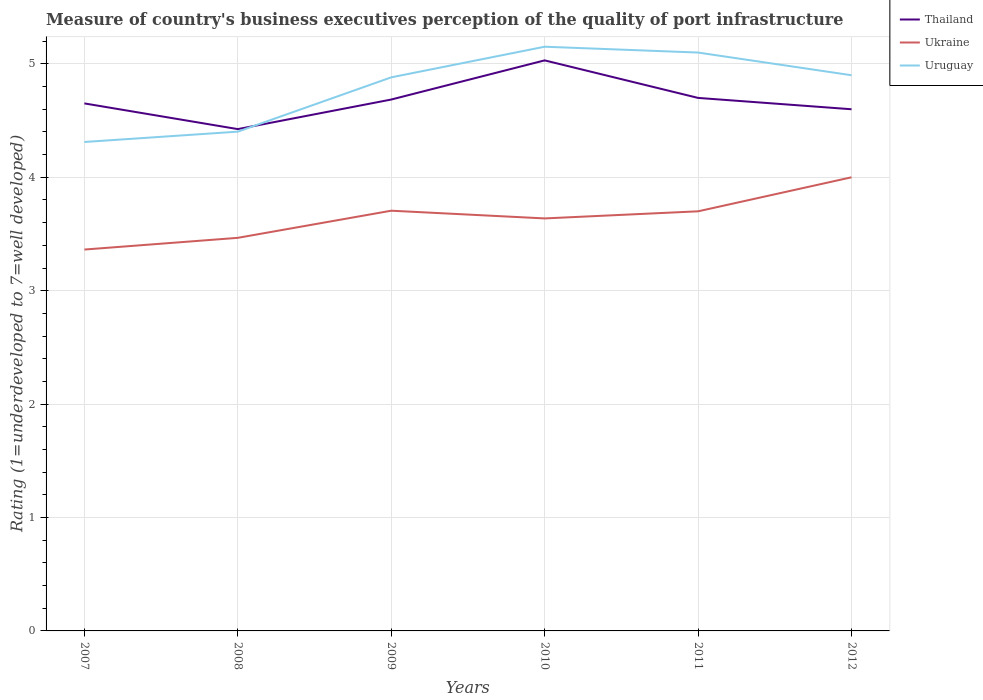
| Years | Thailand | Ukraine | Uruguay |
 | --- | --- | --- | --- |
 | 2007 | 4.65 | 3.36 | 4.31 |
 | 2008 | 4.42 | 3.47 | 4.4 |
 | 2009 | 4.69 | 3.71 | 4.88 |
 | 2010 | 5.03 | 3.64 | 5.15 |
 | 2011 | 4.7 | 3.7 | 5.1 |
 | 2012 | 4.6 | 4 | 4.9 |